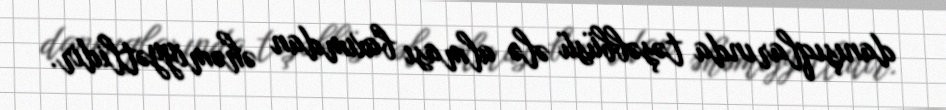
danışıqlarında təşəbbüsü ələ alması baxımdan əhəmiyyətlidir.